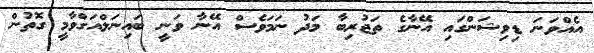
އެއްވަނަ ޑިވިޝަންގައި އޭނާގެ ތަޖުރިބާ މަދު ނަމަވެސް އޭނާ ވަނީ ބައިނަލްއަގްވާމީ ގޮތުން